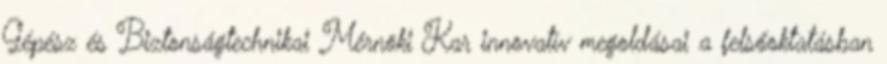
Gépész és Biztonságtechnikai Mérnöki Kar innovatív megoldásai a felsőoktatásban